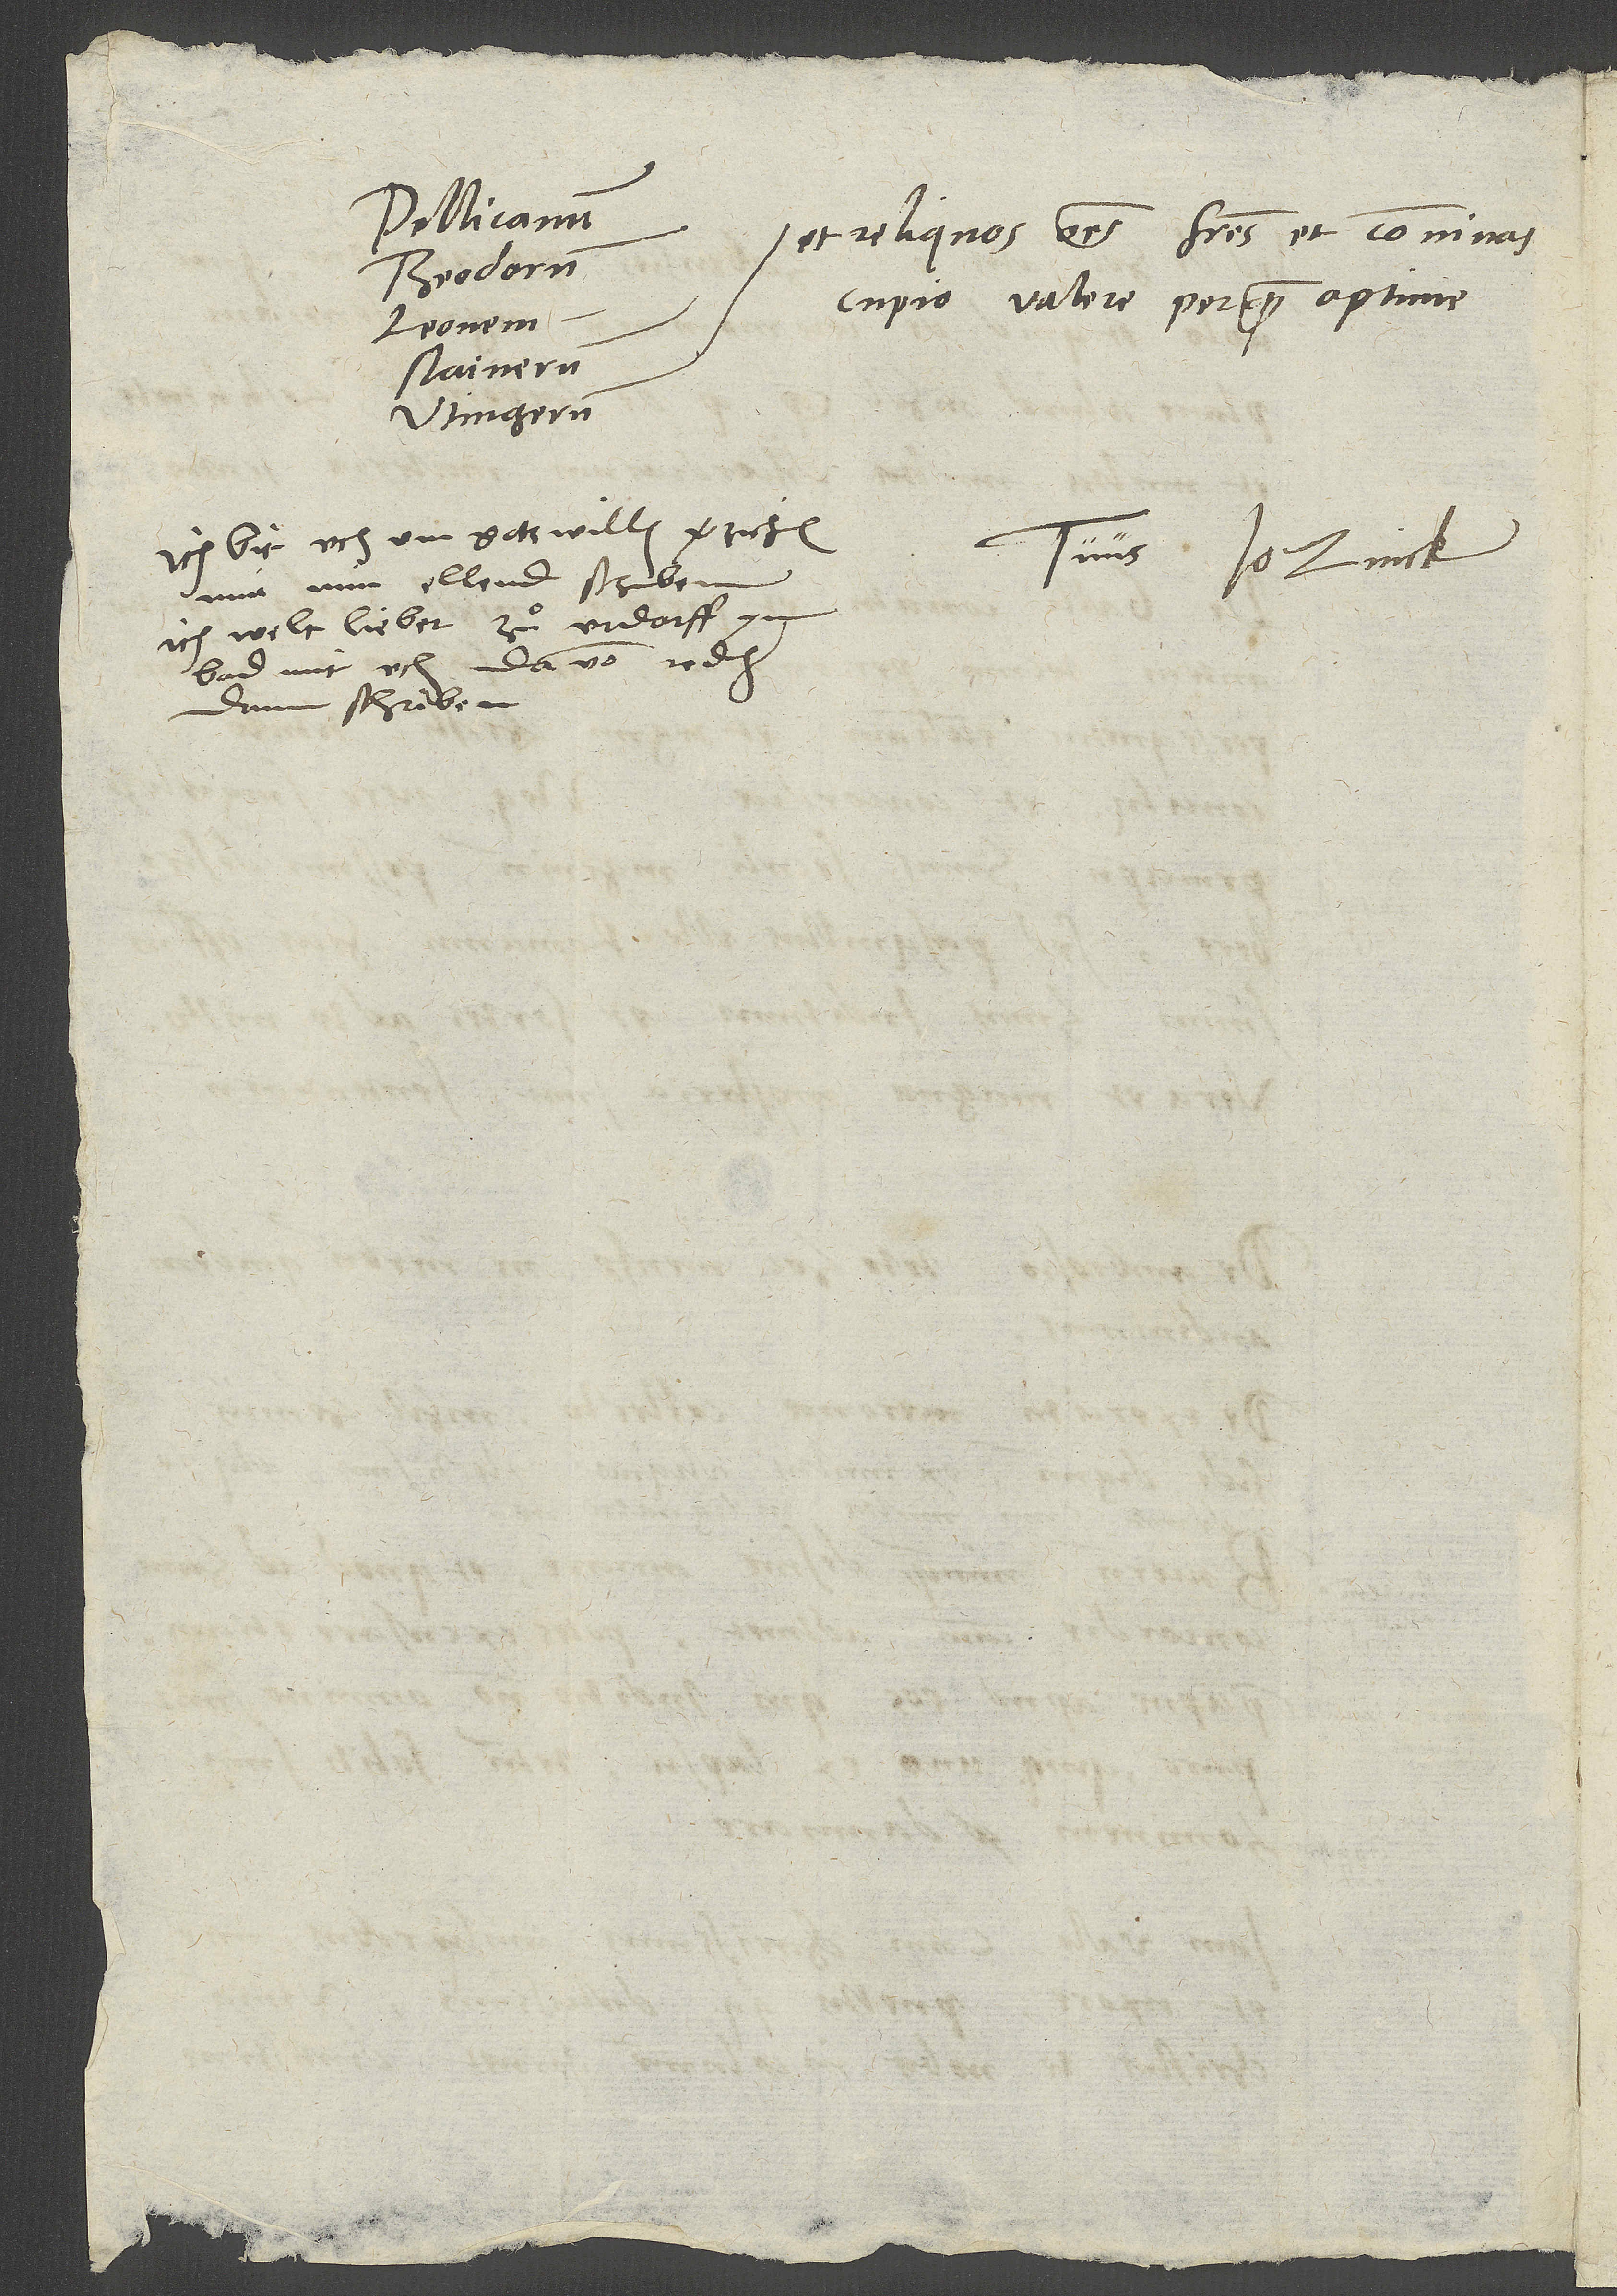
Pellicanum,
et reliquos omnes fratres et convivos
Theodorum,
cupio valere perquam optime.
Leonem,
Stainerum,
Utingerum
Ich bit uch um gotswillen, verzichend
Tuus Io. Zvick.
mir min ellend schriben.
Ich welt lieber zuͦ Urdorff ym
bad mit uch davon reden,
dann schriben.